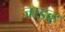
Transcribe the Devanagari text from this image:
जाइव्ह